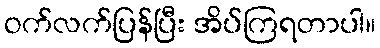
ဝက်လက်ပြန်ပြီး အိပ်ကြရတာပါ။